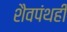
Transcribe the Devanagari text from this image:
शैवपंथही